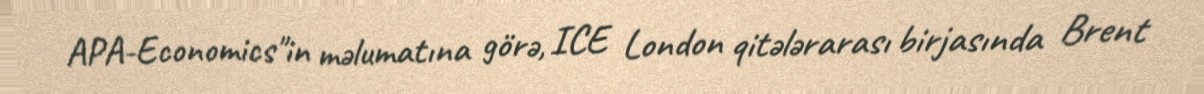
APA-Economics"in məlumatına görə, ICE London qitələrarası birjasında Brent